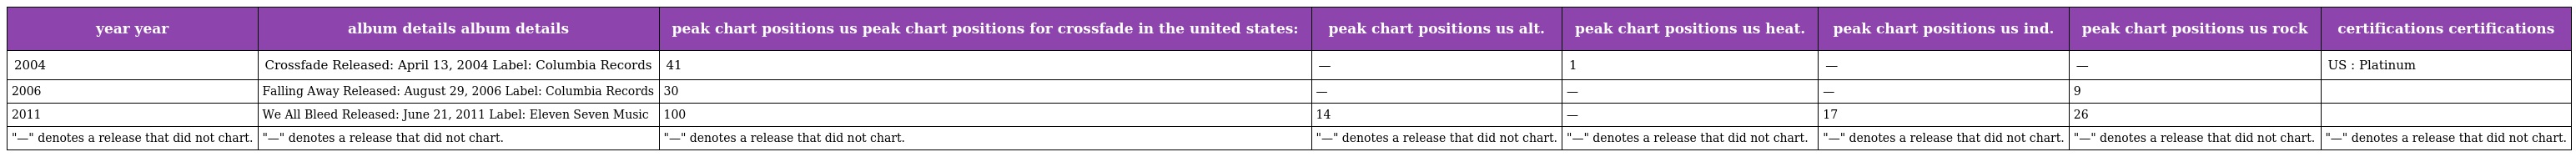
| year year | album details album details | peak chart positions us peak chart positions for crossfade in the united states: | peak chart positions us alt. | peak chart positions us heat. | peak chart positions us ind. | peak chart positions us rock | certifications certifications |
 | --- | --- | --- | --- | --- | --- | --- | --- |
 | 2004 | Crossfade Released: April 13, 2004 Label: Columbia Records | 41 | — | 1 | — | — | US : Platinum |
 | 2006 | Falling Away Released: August 29, 2006 Label: Columbia Records | 30 | — | — | — | 9 |  |
 | 2011 | We All Bleed Released: June 21, 2011 Label: Eleven Seven Music | 100 | 14 | — | 17 | 26 |  |
 | "—" denotes a release that did not chart. | "—" denotes a release that did not chart. | "—" denotes a release that did not chart. | "—" denotes a release that did not chart. | "—" denotes a release that did not chart. | "—" denotes a release that did not chart. | "—" denotes a release that did not chart. | "—" denotes a release that did not chart. |